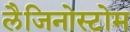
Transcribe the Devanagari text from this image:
लैजिनोस्टोम